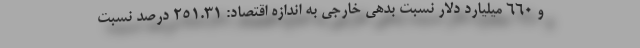
و ۶۶۰ میلیارد دلار نسبت بدهی خارجی به اندازه اقتصاد: ۲۵۱.۳۱ درصد نسبت